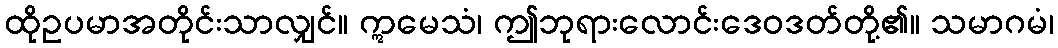
ထိုဥပမာအတိုင်းသာလျှင်။ ဣမေသံ၊ ဤဘုရားလောင်းဒေဝဒတ်တို့၏။ သမာဂမံ၊